Mental hospitals Bombay report 1929-33 - 1929-1933
Year: 1929
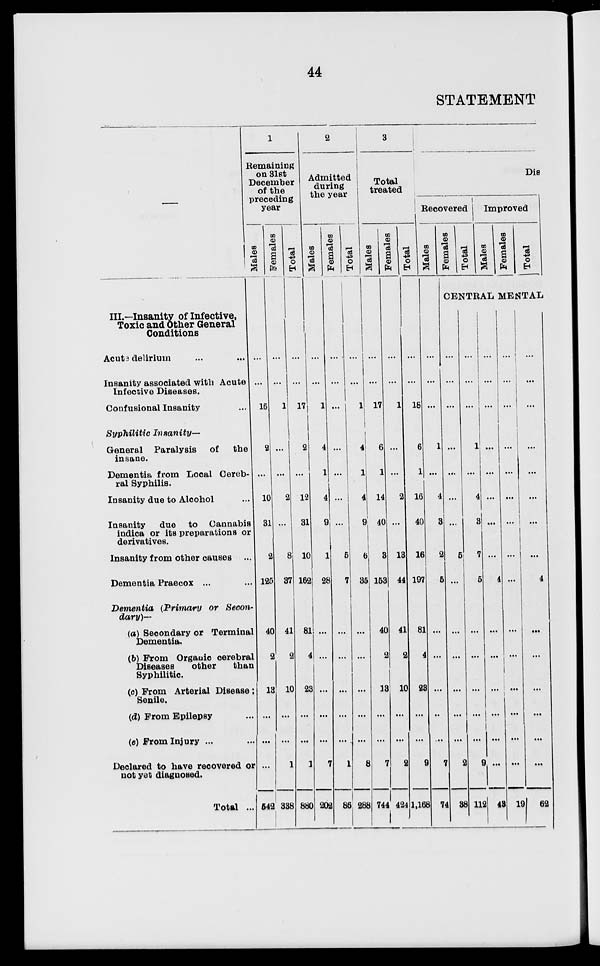
44
STATEMENT
—
III—Insanity of Infective,
Toxic and Other General
Conditions
Acute delirium ... ...
Insanity associated with Acute
Infective diseases.
Confusional insanity ...
Syphilitic Insanity—
General Paralysis
of
the
insane.
Dementia from Local Cereb-
ral Syphilis.
Insanity due to Alcohol ...
Insanity due to Cannabis
indica or its preparations or
derivatives.
Insanity from other causes ...
Dementia Praecox ... ...
Dementia (Primary
or Secon-
dary)—
(a) Secondary or Terminal
Dementia.
(b) From Organic cerebral
Diseases other
than
Syphilitic.
(c) From Arterial Disease ;
Senile.
(d) From Epilepsy ...
(e) From Injury ... ...
Declared to have recovered or
not yet diagnosed.
Total ...
1
Remaining
on 31st
December
of the
preceding
year
Males
...
...
16
2
...
10
31
2
125
40
2
13
...
...
...
542
Females
...
...
1
...
...
2
...
8
37
41
2
10
...
...
1
338
Total
...
...
17
2
...
12
31
10
162
81
2
23
...
...
1
880
2
Admitted
during
the year
Males
...
...
1
4
1
4
9
1
28
...
...
3
...
...
7
202
Females
...
...
...
...
...
...
...
5
7
...
...
...
...
...
1
86
Total
...
...
1
4
1
4
9
6
35
...
...
...
...
...
8
288
3
Total
treated
Males
...
...
17
6
1
14
40
3
153
40
2
13
...
...
7
744
Females
...
...
1
...
...
2
...
13
44
41
2
10
...
...
2
424
Total
...
...
18
6
1
16
40
16
197
81
4
28
...
...
9
1,168
Dis
Recovered
Males
...
...
...
1
...
4
3
2
5
...
...
...
7
74
Females
Total
Improved
Males
Females
Total
CENTRAL MENTAL
...
...
...
...
...
...
5
...
...
...
...
...
...
2
38
...
...
...
1
...
4
3
7
5
...
...
...
...
...
9
112
...
...
...
...
...
...
...
4
...
...
...
...
...
...
43
...
...
...
...
...
...
...
...
...
...
...
...
...
...
...
19
...
...
...
...
...
...
...
...
4
...
...
...
...
...
...
62